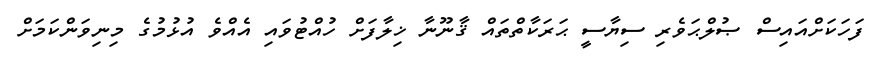
ފަހަކަށްއައިސް ޞުލްޙަވެރި ސިޔާސީ ޙަރަކާތްތައް ޤާނޫނާ ޚިލާފަށް ހުއްޓުވައި އެއްވެ އުޅުމުގެ މިނިވަންކަމަށް